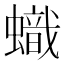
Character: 蟙